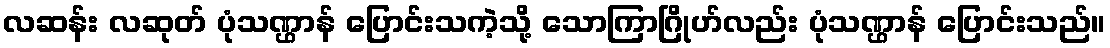
လဆန်း လဆုတ် ပုံသဏ္ဌာန် ပြောင်းသကဲ့သို့ သောကြာဂြိုဟ်လည်း ပုံသဏ္ဌာန် ပြောင်းသည်။